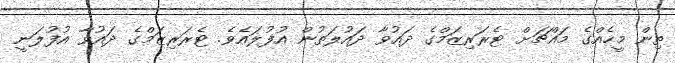
ތިން މީހެއްގެ މައްޗަށް ޓެރަރިޒަމްގެ ދައުވާ ދައުލަތުން އުފުލައެވެ. ޓެރަރިޒަމްގެ ދައުވާ އުފުލަނީ